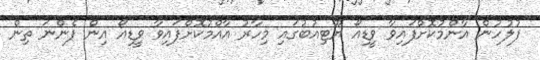
ފުލުހުން އާންމުކޮށްފައިވާ ވީޑިއޯ ޔޫޓިއުބުގައި މިހާރު އާއްމުކޮށްފައިވާ ވީޑިއޯ އިން ފެންނަ ތިން